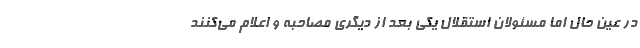
در عین حال اما مسئولان استقلال یکی بعد از دیگری مصاحبه و اعلام می‌کنند